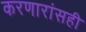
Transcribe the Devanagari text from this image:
करणारांसही